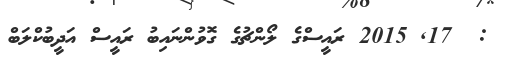
:  17